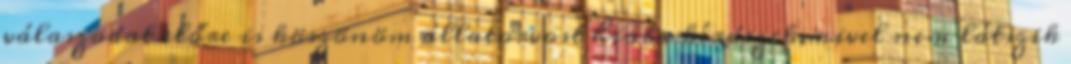
válaszodat előre is köszönöm állatorvost hiába kérdezek,mivel nem látszik